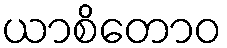
ယာစိတောဝ